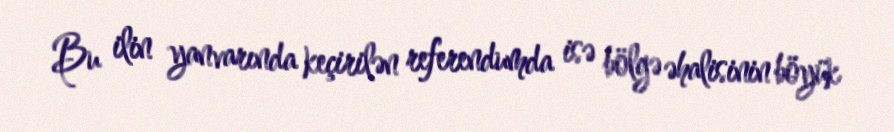
Bu ilin yanvarında keçirilən referendumda isə bölgə əhalisinin böyük